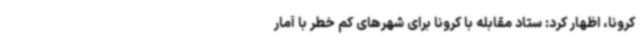
کرونا، اظهار کرد: ستاد مقابله با کرونا برای شهرهای کم خطر با آمار